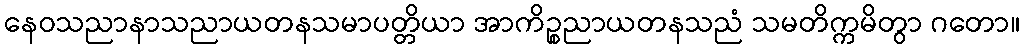
နေဝသညာနာသညာယတနသမာပတ္တိယာ အာကိဉ္စညာယတနသညံ သမတိက္ကမိတွာ ဂတော။